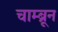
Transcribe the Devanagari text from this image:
चाम्ब्रून